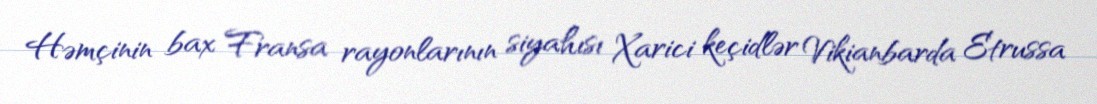
Həmçinin bax Fransa rayonlarının siyahısı Xarici keçidlər Vikianbarda Etrussa